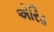
એરિડ